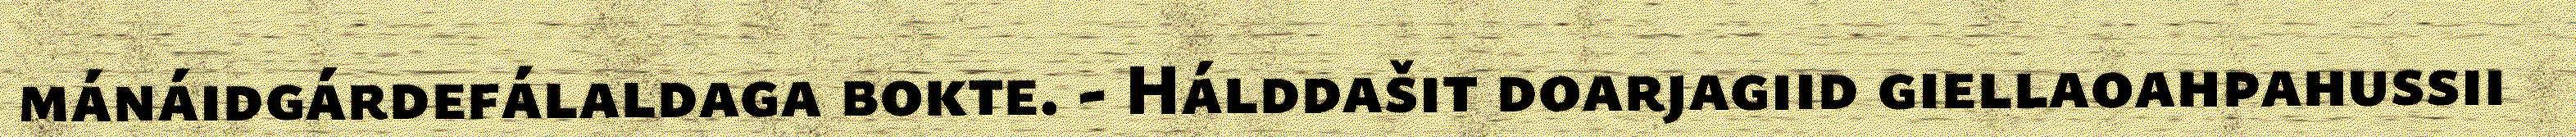
mánáidgárdefálaldaga bokte. - Hálddašit doarjagiid giellaoahpahussii